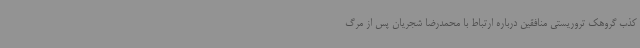
کذب گروهک تروریستی منافقین درباره ارتباط با محمدرضا شجریان پس از مرگ